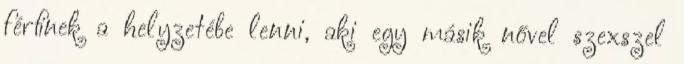
férﬁnek a helyzetébe lenni, aki egy másik nővel szexszel